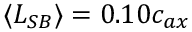
\langle L _ { S B } \rangle = 0 . 1 0 c _ { a x }